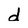
Character: d